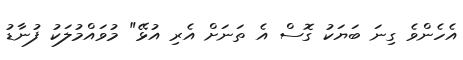
އެހެންވެ ގިނަ ބަޔަކު ގޮސް އެ ތަނަށް އެރި އުޅޭ" މުވައްމުލަކު ފުނާޑު